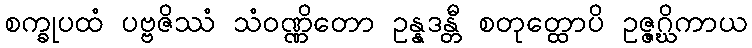
စက္ခုပထံ ပဗ္ဗဇိဿံ သံဝဏ္ဏိတော ဥန္နဒန္တီ စတုတ္ထောပိ ဥဇ္ဇဂ္ဃိကာယ